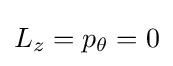
L_{z}=p_{\theta }=0